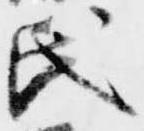
氏